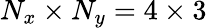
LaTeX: N_{x}\times N_{y}=4\times 3